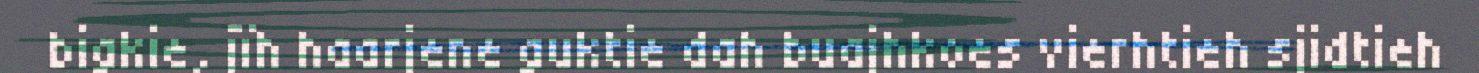
bigkie, jïh haarjene guktie dah buajhkoes vierhtieh sjidtieh